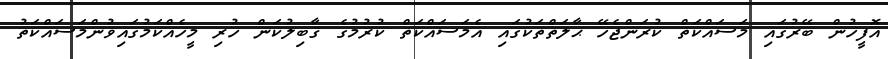
އޮފީހުން ބޭރުގައި މަސައްކަތް ކުރަންޖެހޭ ޙާލަތްތަކުގައި އެމަސައްކަތް ކުރުމުގެ ޤާބިލުކަން ހުރި މީހެއްކަމުގައިވުންމަސައްކަތު